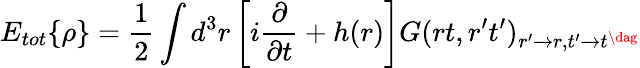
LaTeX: E_{tot}\{ \rho\} =\frac 12\int d^{3}r\left[i\frac{\partial}{\partial t}+h(r)\right]G(rt,r^{\prime}t^{\prime})_{r^{\prime}\to r,t^{\prime}\to t^{\dag}}